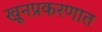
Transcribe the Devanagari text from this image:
खूनप्रकरणात